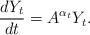
LaTeX: \begin{align*}\frac{d Y_t}{dt} = A^{\alpha_t} Y_t.\end{align*}